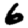
Digit: 6